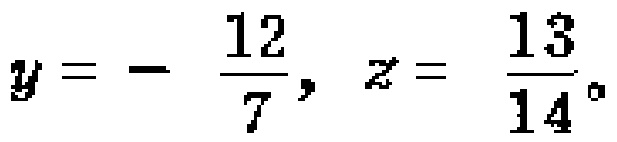
$y = - \frac{12}{7}, z = \frac{13}{14}。$